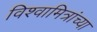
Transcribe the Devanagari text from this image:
विश्वामित्रांच्या